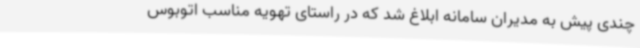
چندی پیش به مدیران سامانه ابلاغ شد که در راستای تهویه مناسب اتوبوس